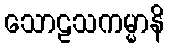
သောဠသကမ္မာနိ